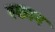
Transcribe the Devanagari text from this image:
स्छान